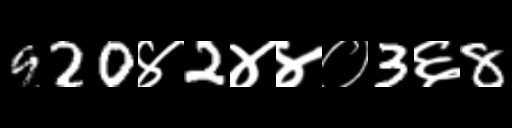
Text: 920४2४४०3६8